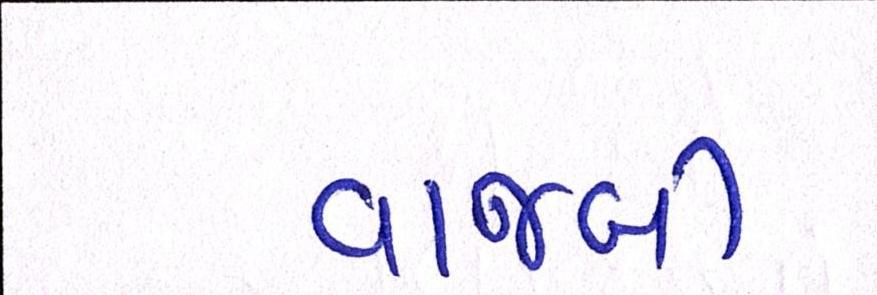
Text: વાજબી